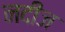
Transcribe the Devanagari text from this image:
नदीज